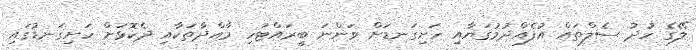
ލޭގެ ހުދު ސެލްތައް އުފެއްދުމުގަޔާއި ހަށިގަނޑަށް ވަންނަ ބީރައްޓަހި މާއްދާތަކާއި ދެކޮޅަށް ހަށިގަނޑުގައި